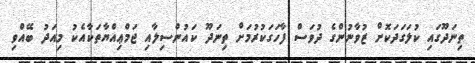
ތިނަދޫގައި ކުލަގަދަކޮށް ޒުވާނުންގެ ދުވަސް ފާހަގަކުރުމަށް ތިނަދޫ ކައުންސިލާއި ޖަމްޢިއްޔާތަކާއެކު މިއަދު ބޭއްވި